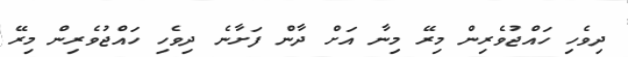
ދިވެހި ހައްޖުވެރިން މިރޭ މިނާ އަށް ދާން ފަށާނެ ދިވެހި ހައްޖުވެރިން މިރޭ